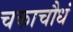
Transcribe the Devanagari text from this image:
चकाचौधं